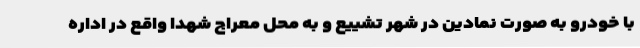
با خودرو به صورت نمادین در شهر تشییع و به محل معراج شهدا واقع در اداره